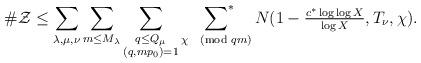
LaTeX: \begin{align*}\#\mathcal{Z}\leq\sum_{\lambda,\mu,\nu}\sum_{m\leq M_\lambda}\sum_{\substack{q\leq Q_\mu\\(q,mp_0)=1}}\:\sideset{}{^*}\sum_{\chi\pmod{qm}}N(1-\tfrac{c^*\log\log X}{\log X},T_\nu,\chi).\end{align*}